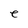
Character: e